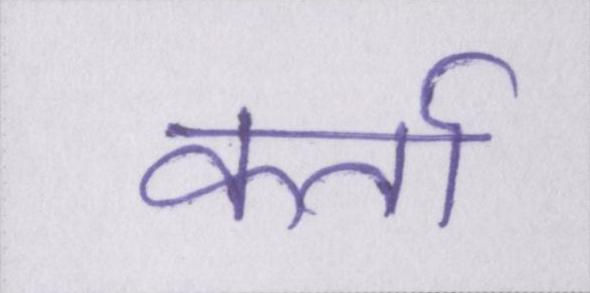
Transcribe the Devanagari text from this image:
कर्ता